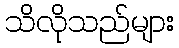
သိလိုသည်များ